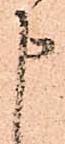
申